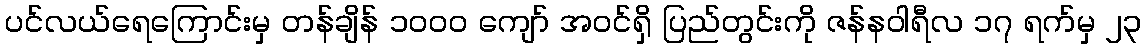
ပင်လယ်ရေကြောင်းမှ တန်ချိန် ၁ဝဝဝ ကျော် အဝင်ရှိ ပြည်တွင်းကို ဇန်နဝါရီလ ၁၇ ရက်မှ ၂၃